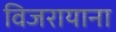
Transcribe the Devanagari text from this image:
विजरायाना